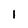
Character: 1